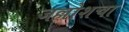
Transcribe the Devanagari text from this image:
जल्लोशचा